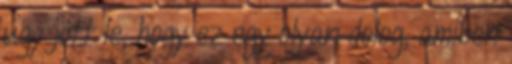
úgy jött le, hogy ez egy olyan dolog, amiben